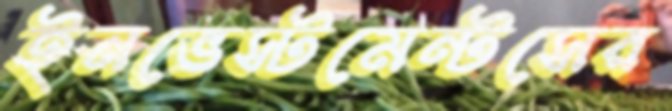
ইনভেস্টমেন্টসের